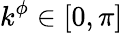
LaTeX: k^{\phi}\in[0,\pi]